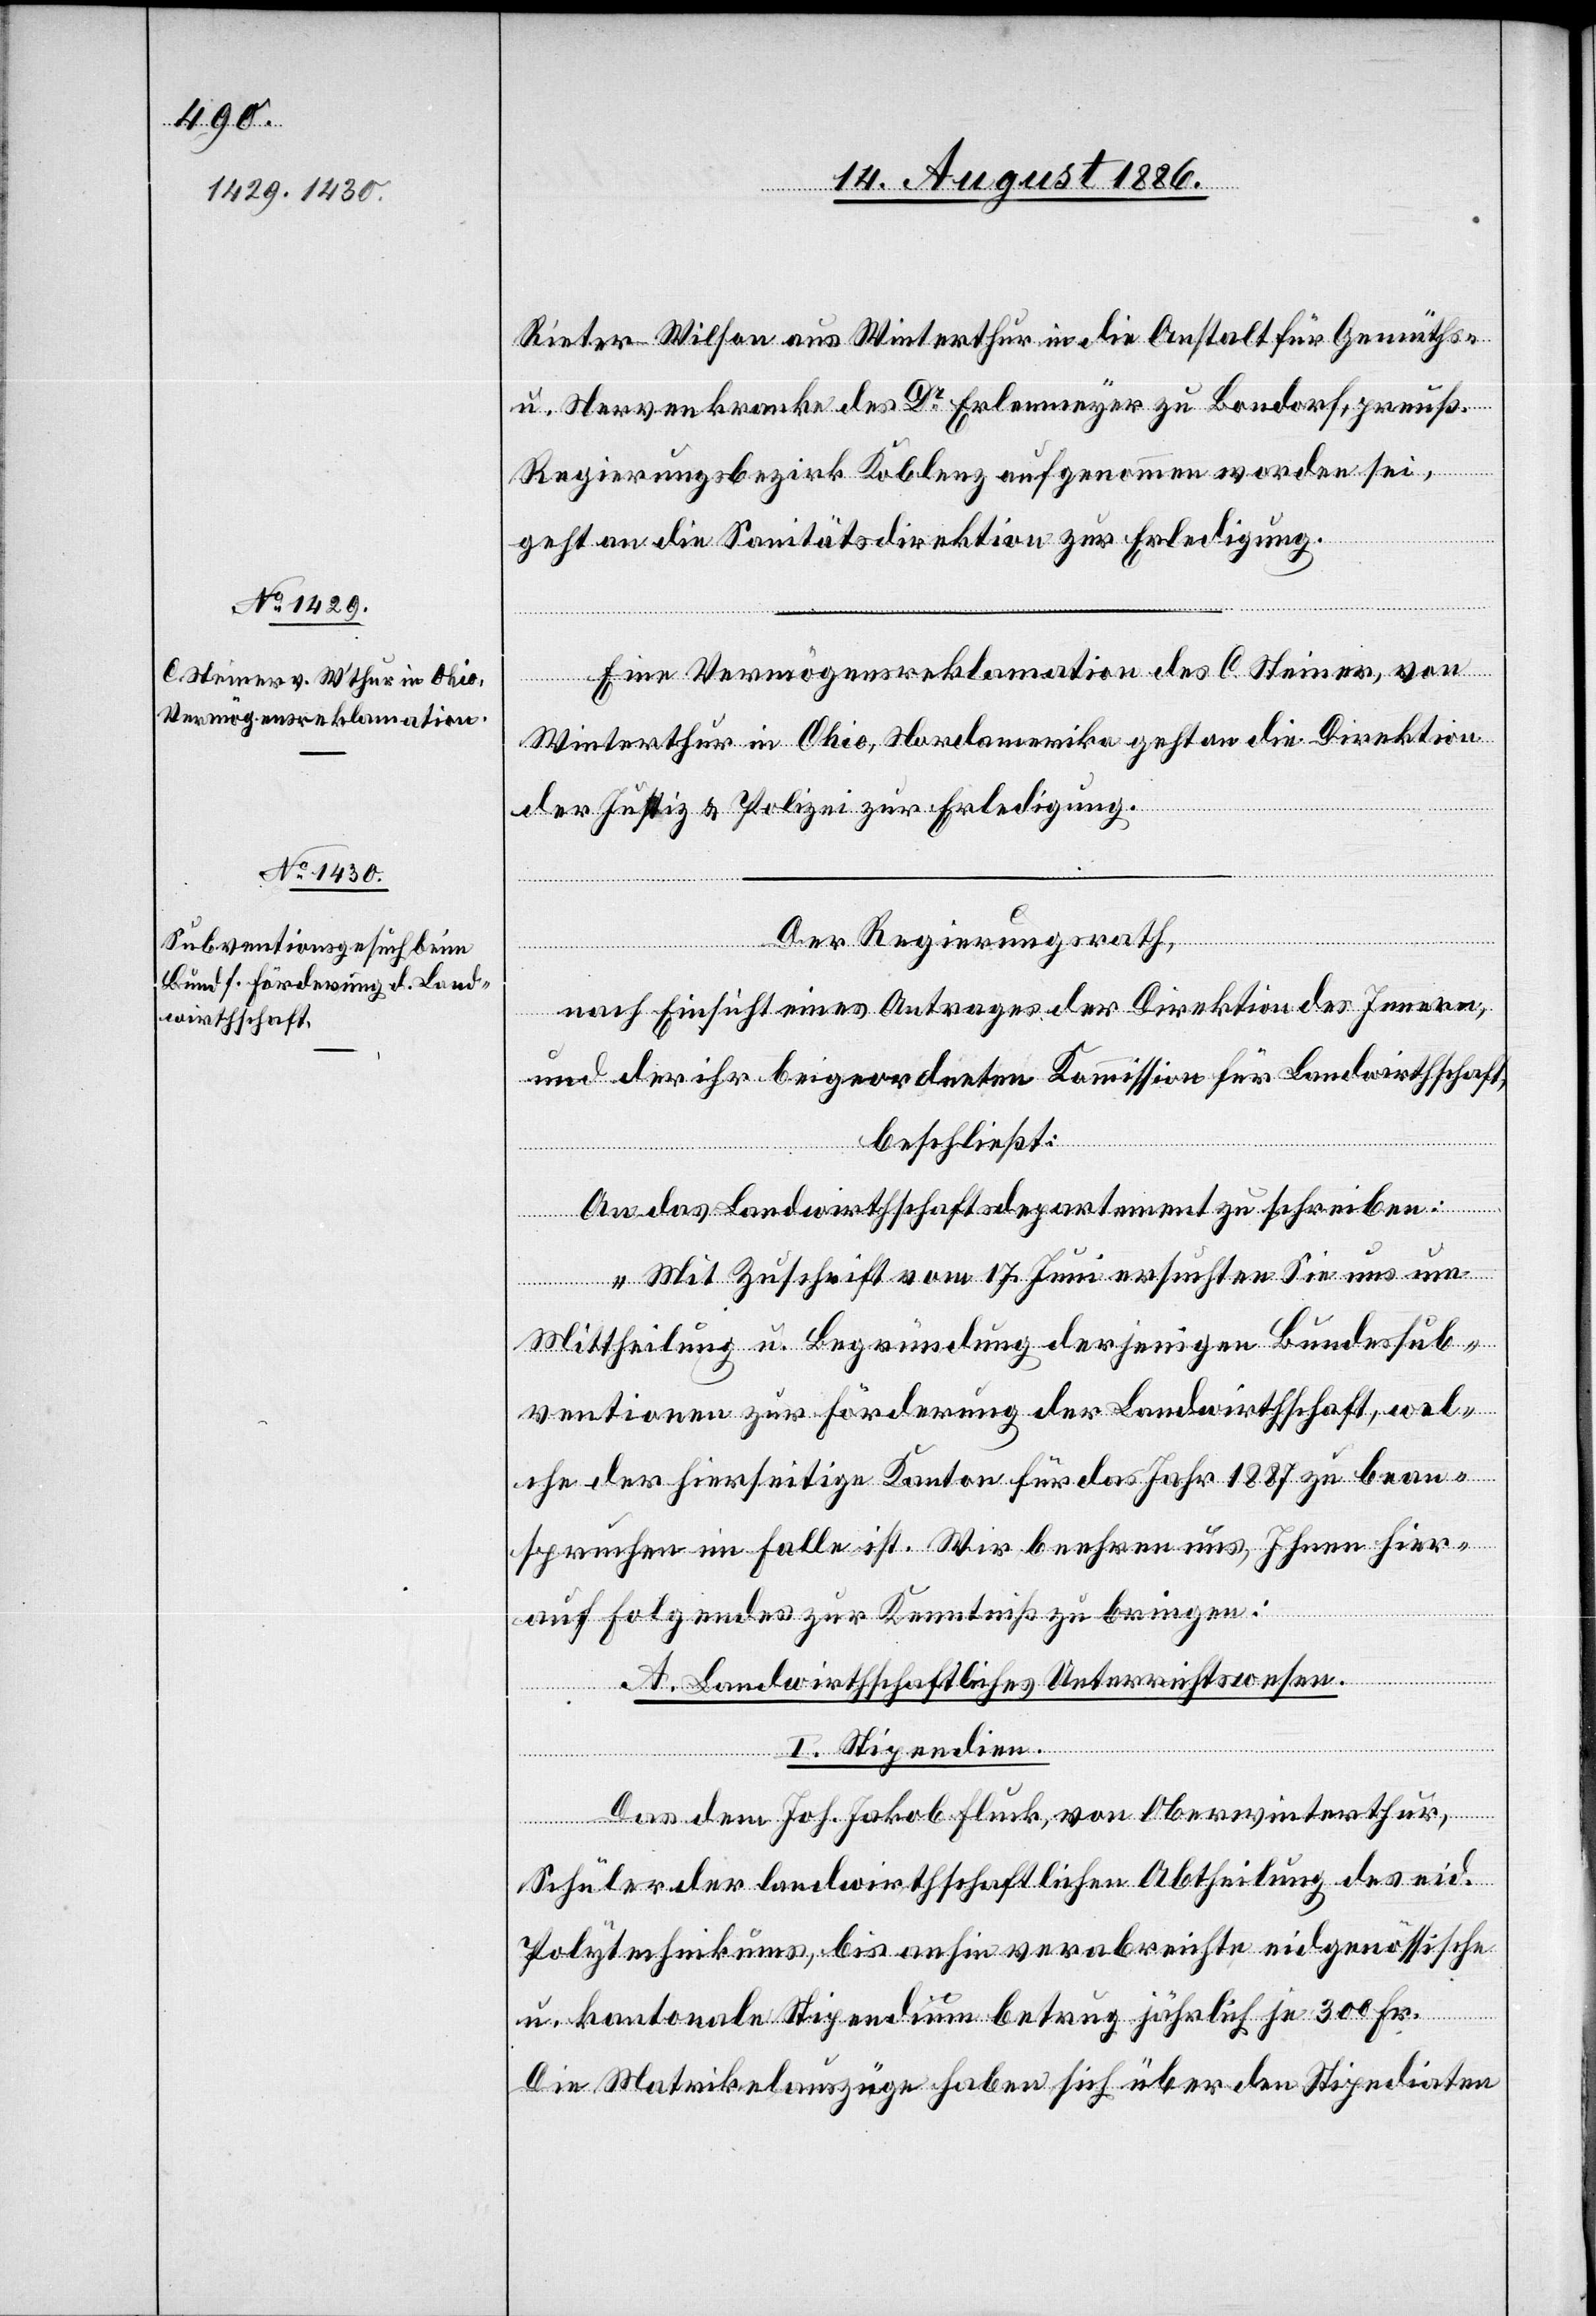
Rieter-Wilson aus Winterthur in die Anstalt für Gemüths-
u. Nervenkranke des Dr Erlenmeyer zu Bondorf [sic!],
preuß.
Regierungsbezirk Koblenz aufgenommen worden sei,
geht an die Sanitätsdirektion zur Erledigung.
Eine Vermögensreklamation des C. Steiner, von
Winterthur in Ohio, Nordamerika geht an die Direktion
der Justiz & Polizei zur Erledigung.
Der Regierungsrath,
nach Einsicht eines Antrages der Direktion des Innern,
und der ihr beigeordneten Kommission für Landwirthschaft,
beschließt:
An das Landwirthschaftsdepartement zu schreiben:
„Mit Zuschrift vom 17. Juni ersuchten Sie uns um
Mittheilung u. Begründung derjenigen Bundessub¬
ventionen zur Förderung der Landwirthschaft, wel¬
che der hierseitige Kanton für das Jahr 1887 zu bean¬
tragen im Falle ist. Wir beehren uns, Ihnen hier¬
auf Folgendes zur Kenntniß zu bringen:
A. Landwirthschaftliches Unterrichtswesen.
I. Stipendien.
Das dem Joh. Jakob Fluck, von Oberwinterthur,
Schüler der landwirthschaftlichen Abtheilung des eid.
Polytechnikums, bis anhin verabreichte eidgenössische
u. kantonale Stipendium betrug jährlich je 300 Fr.
Die Matrikelauszüge haben sich über den Stipendiaten